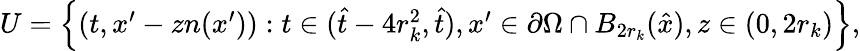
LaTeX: \begin{array}{r}{U=\left\lbrace(t,x^{\prime}-zn(x^{\prime})):t\in(\hat{t}-4r_{k}^{2},\hat{t}),x^{\prime}\in\partial\Omega\cap B_{2r_{k}}(\hat{x}),z\in(0,2r_{k})\right\rbrace,}\end{array}